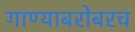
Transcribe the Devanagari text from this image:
गाण्याबरोबरच